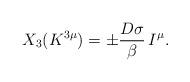
LaTeX: \begin{align*}X_{3}(K^{3\mu}) = \pm \frac{D \sigma }{\beta} \, I^{\mu}.\end{align*}